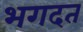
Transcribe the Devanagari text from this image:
भगदत